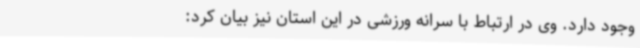
وجود دارد. وی در ارتباط با سرانه ورزشی در این استان نیز بیان کرد: